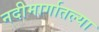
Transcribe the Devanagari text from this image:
नदीमार्गातल्या